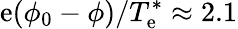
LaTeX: \mathrm{e}(\phi_{0}-\phi)/T_{\mathrm{e}}^{*}\approx2.1